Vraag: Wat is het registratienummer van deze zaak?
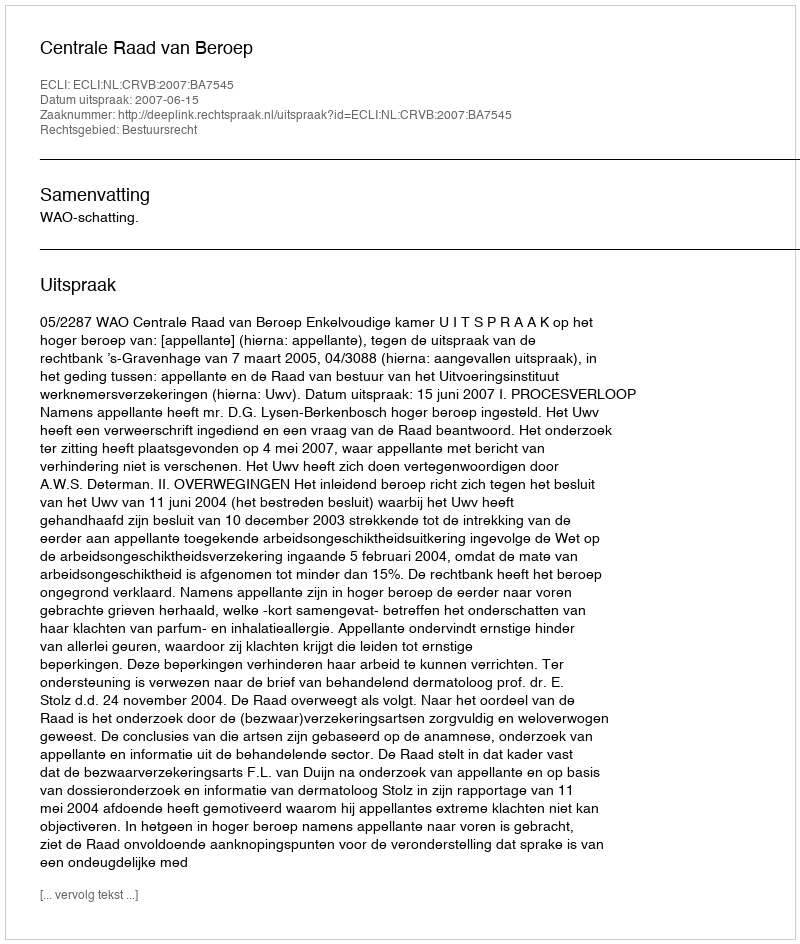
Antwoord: http://deeplink.rechtspraak.nl/uitspraak?id=ECLI:NL:CRVB:2007:BA7545